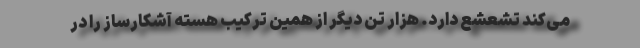
می‌کند تشعشع دارد. هزار تن دیگر از همین ترکیب هسته آشکارساز را در